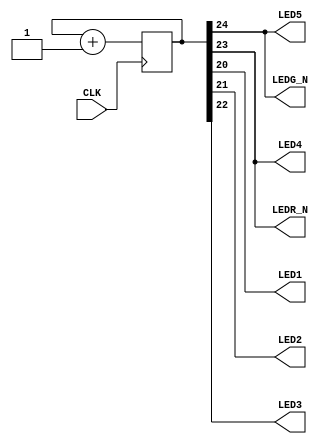
module blink_test (
	input CLK,
	output LEDG_N,
	output LEDR_N,
	output LED1,
	output LED2,
	output LED3,
	output LED4,
	output LED5,
);

//-- Modify this value for changing the blink frequency
localparam N = 24;  //-- N<=21 Fast, N>=23 Slow

reg [N:0] counter;
always @(posedge CLK)
  counter <= counter + 1;

assign LEDG_N = counter[N];
assign LEDR_N = counter[N-1];
assign {LED5, LED4, LED3, LED2, LED1} = counter[N:N-4];

endmodule